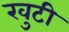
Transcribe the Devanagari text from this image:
खुटी